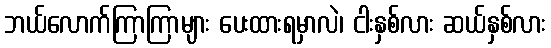
ဘယ်လောက်ကြာကြာများ ပေးထားရမှာလဲ၊ ငါးနှစ်လား ဆယ်နှစ်လား